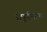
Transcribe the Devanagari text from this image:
संपूर्णभाषा